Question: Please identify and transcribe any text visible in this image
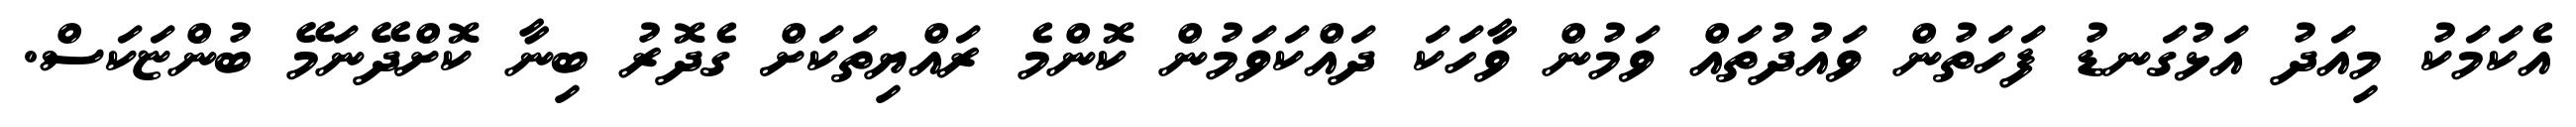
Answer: އެކަމަކު މިއަދު އަޅުގަނޑު ފަހަތުން ވައުދުތައް ވަމުން ވާހަކަ ދައްކަވަމުން ކޮންމެ ރައްޔިތަކަށް ގެދޮރު ބިނާ ކޮށްދޭނަމޭ ބުންޏަކަސް.